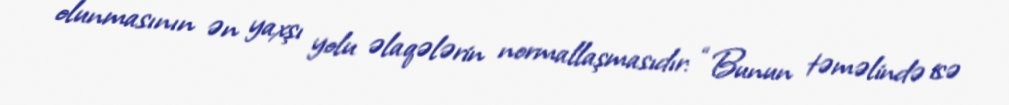
olunmasının ən yaxşı yolu əlaqələrin normallaşmasıdır: “Bunun təməlində isə